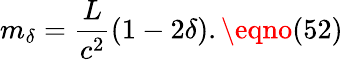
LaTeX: m_{\delta}=\frac{L}{c^{2}}(1-2\delta).\eqno(52)